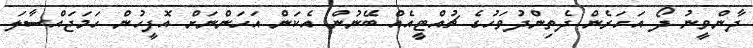
ދާންވީނު ދޯ އަހަރެން ދެތިންދުވަހުގެ ޗުއްޓީއެއް ބޭނުން އެކަން އަހަންނަށް އޮފީހުން ހަމަޖައްސާލަ